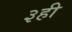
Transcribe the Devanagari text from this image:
३ही